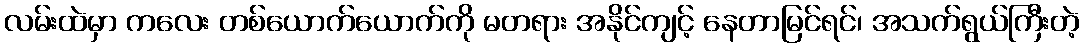
လမ်းထဲမှာ ကလေး တစ်ယောက်ယောက်ကို မတရား အနိုင်ကျင့် နေတာမြင်ရင်၊ အသက်ရွယ်ကြီးတဲ့